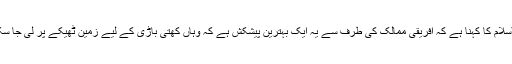
فرہاد الاسلام کا کہنا ہے کہ افریقی ممالک کی طرف سے یہ ایک بہترین پیشکش ہے کہ وہاں کھتی باڑی کے لیے زمین ٹھیکے پر لی جا سکتی ہے۔